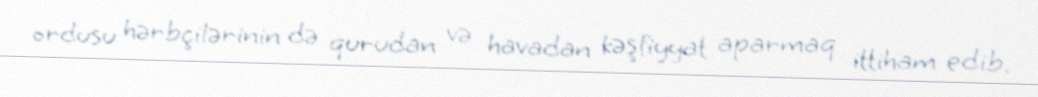
ordusu hərbçilərinin də qurudan və havadan kəşfiyyat aparmaq ittiham edib.